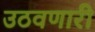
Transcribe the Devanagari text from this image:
उठवणारी